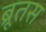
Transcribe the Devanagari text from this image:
ब्रूतस